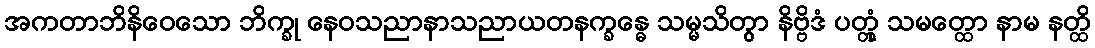
အကတာဘိနိဝေသော ဘိက္ခု နေဝသညာနာသညာယတနက္ခန္ဓေ သမ္မသိတွာ နိဗ္ဗိဒံ ပတ္တုံ သမတ္ထော နာမ နတ္ထိ